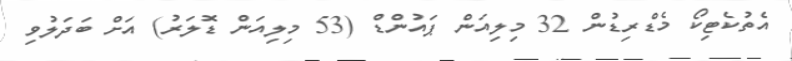
އެތުކެޓިކޯ މެޑްރިޑުން 32 މިލިއަން ޕައުންޑް (53 މިލިއަން ޑޮލަރު) އަށް ބަދަލުވި